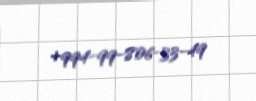
+994-99-806-33-49